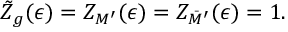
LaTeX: \tilde { Z } _ { g } ( \epsilon ) = Z _ { M ^ { \prime } } ( \epsilon ) = Z _ { \bar { M } ^ { \prime } } ( \epsilon ) = 1 .